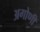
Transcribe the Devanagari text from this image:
अगोणी